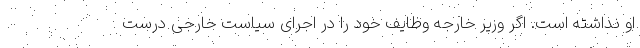
او نداشته است. اگر وزیر خارجه وظایف خود را در اجرای سیاست خارجی درست